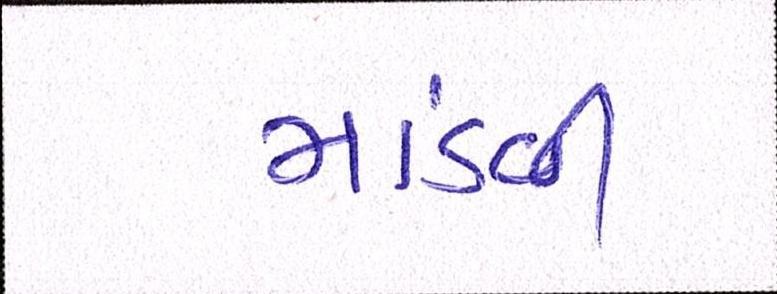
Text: માંડવી